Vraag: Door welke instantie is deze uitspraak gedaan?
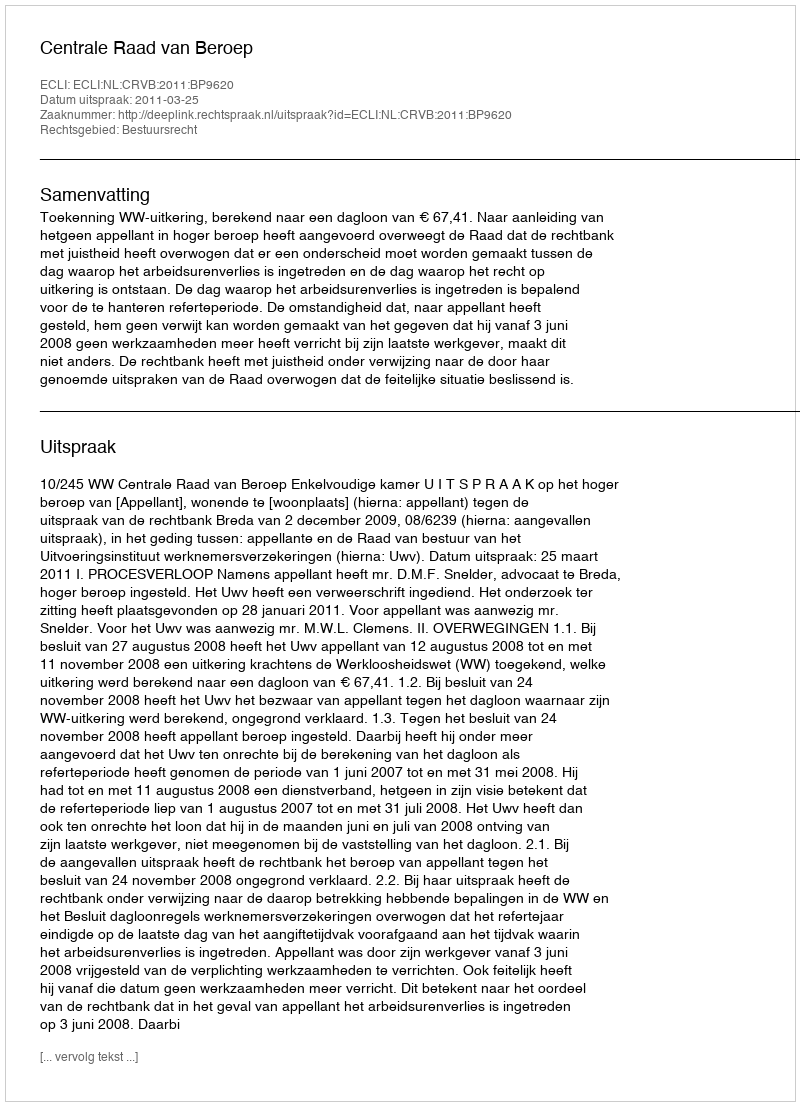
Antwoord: Centrale Raad van Beroep